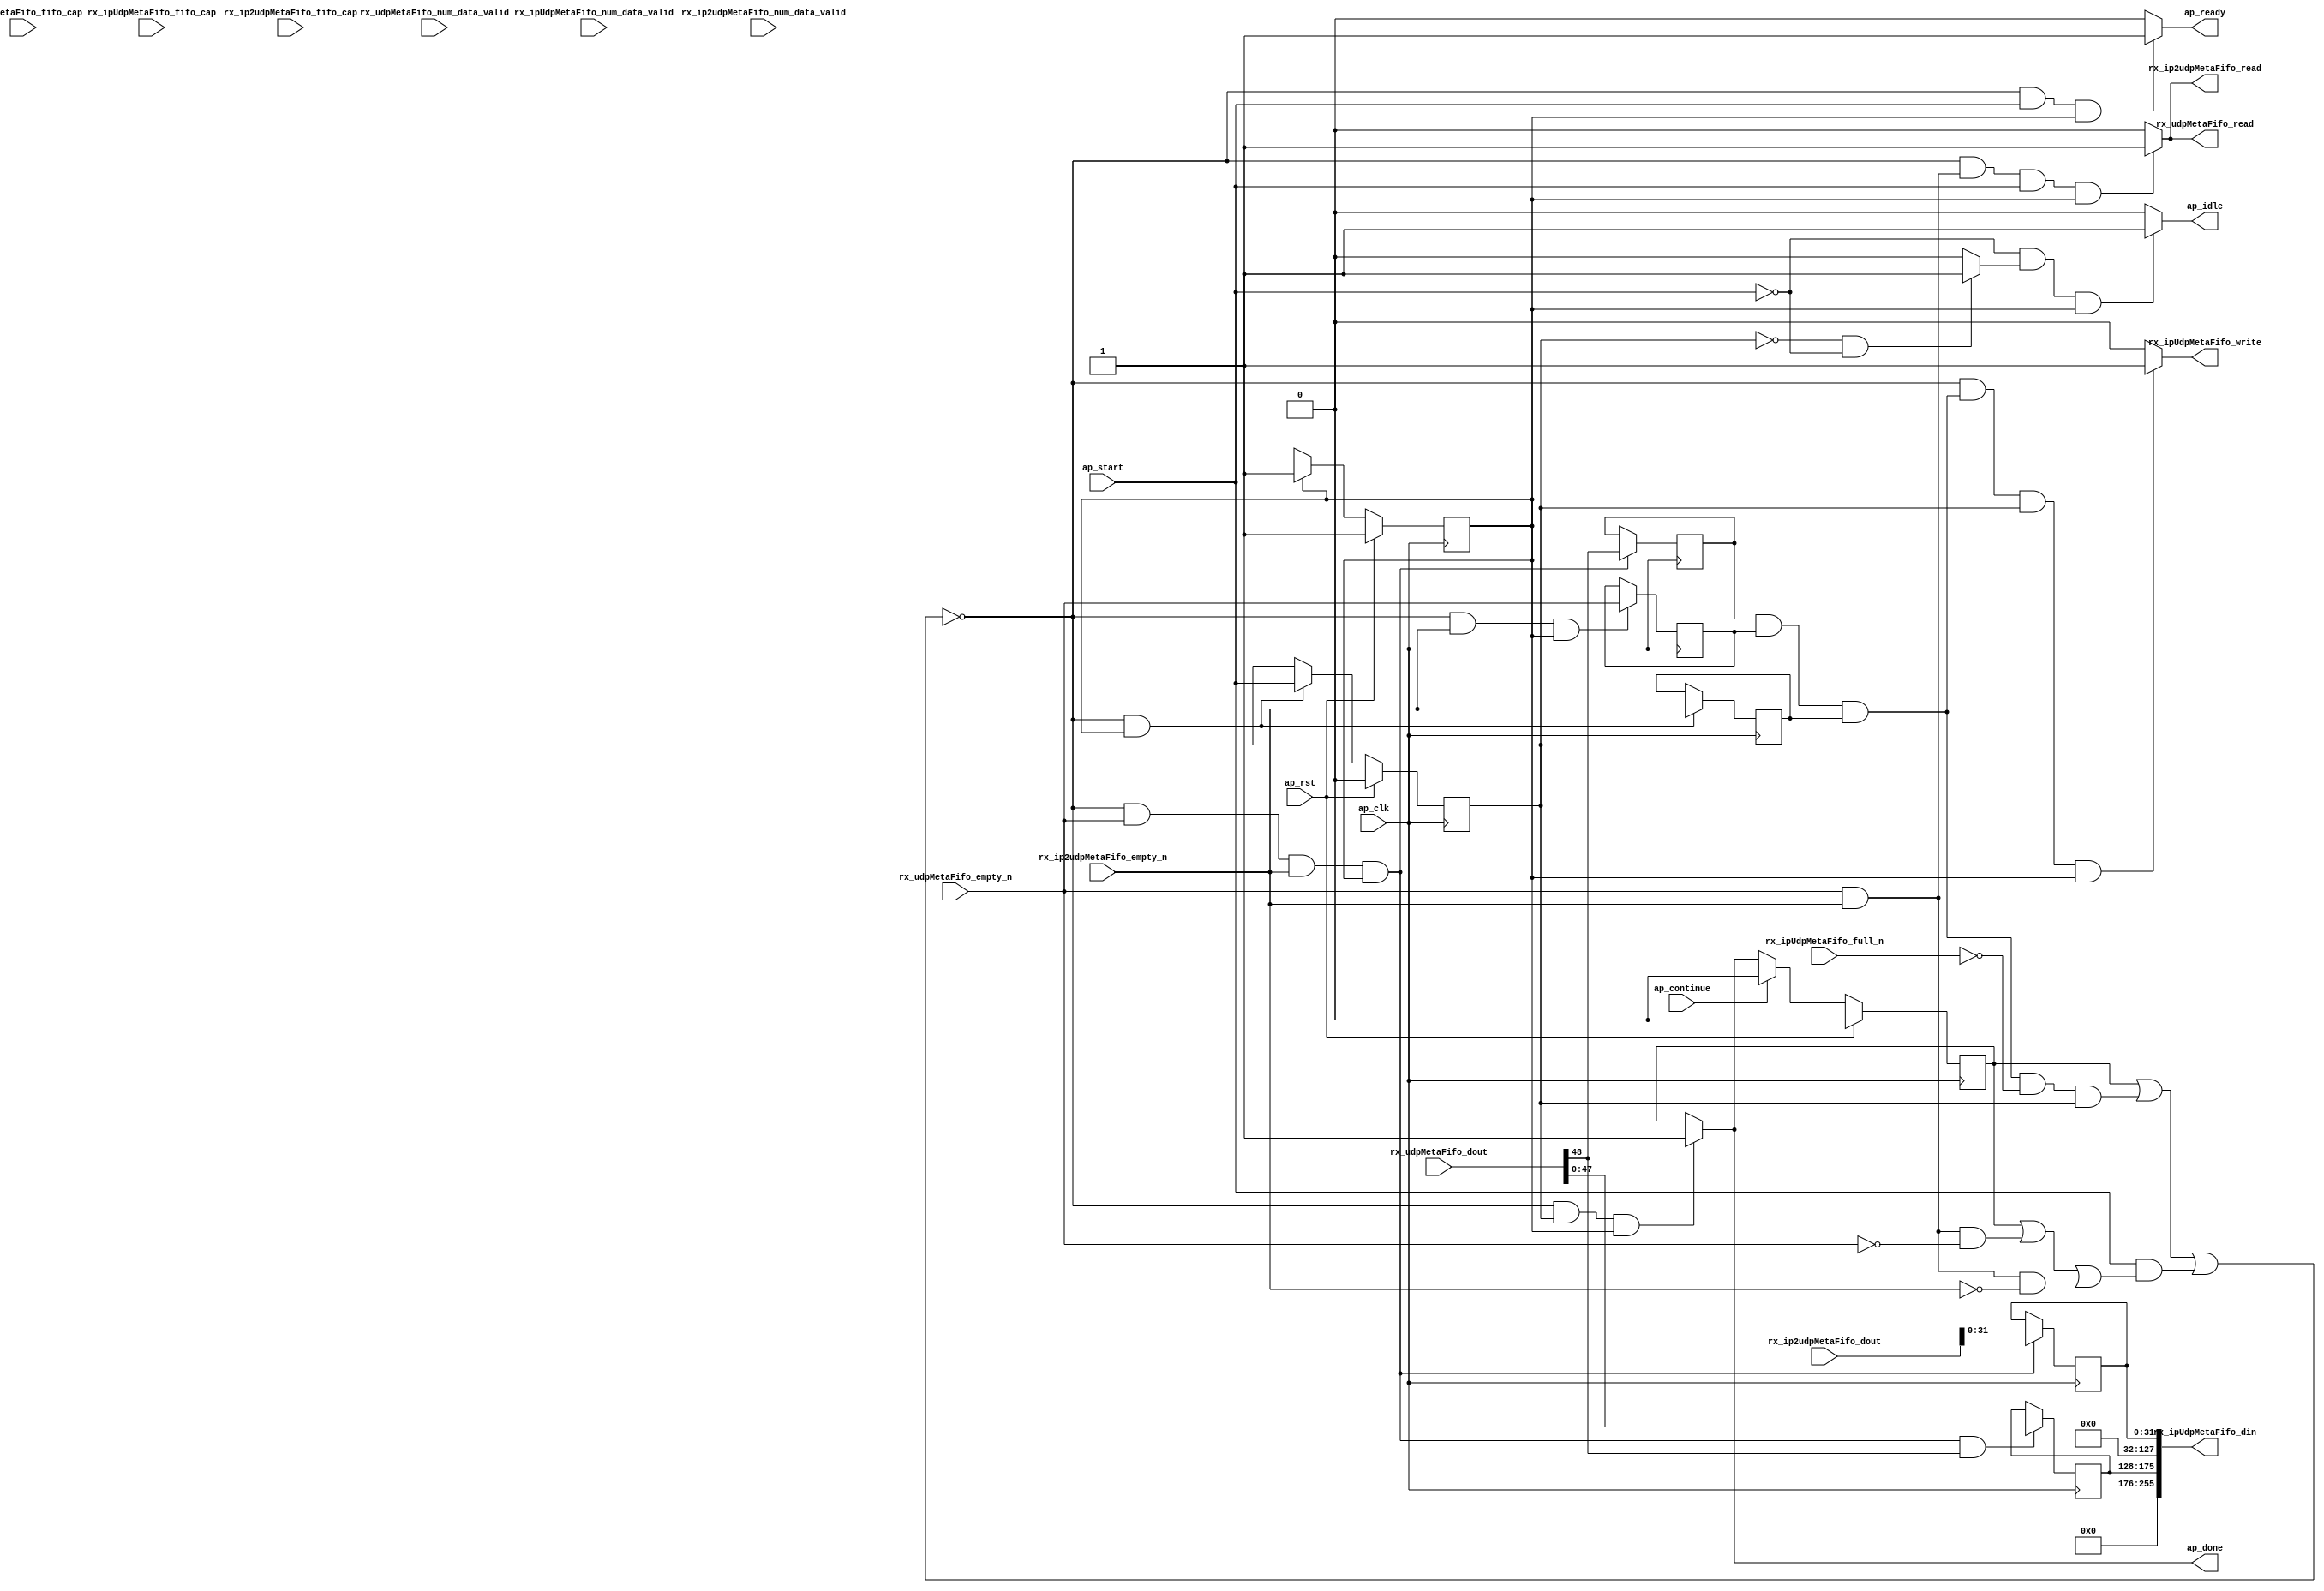
// ==============================================================
// RTL generated by Vitis HLS - High-Level Synthesis from C, C++ and OpenCL v2022.1 (64-bit)
// Version: 2022.1
// Copyright (C) Copyright 1986-2022 Xilinx, Inc. All Rights Reserved.
// 
// ===========================================================

`timescale 1 ns / 1 ps 

module rocev2_top_merge_rx_meta (
        ap_clk,
        ap_rst,
        ap_start,
        ap_done,
        ap_continue,
        ap_idle,
        ap_ready,
        rx_ip2udpMetaFifo_dout,
        rx_ip2udpMetaFifo_num_data_valid,
        rx_ip2udpMetaFifo_fifo_cap,
        rx_ip2udpMetaFifo_empty_n,
        rx_ip2udpMetaFifo_read,
        rx_udpMetaFifo_dout,
        rx_udpMetaFifo_num_data_valid,
        rx_udpMetaFifo_fifo_cap,
        rx_udpMetaFifo_empty_n,
        rx_udpMetaFifo_read,
        rx_ipUdpMetaFifo_din,
        rx_ipUdpMetaFifo_num_data_valid,
        rx_ipUdpMetaFifo_fifo_cap,
        rx_ipUdpMetaFifo_full_n,
        rx_ipUdpMetaFifo_write
);

parameter    ap_ST_fsm_pp0_stage0 = 1'd1;

input   ap_clk;
input   ap_rst;
input   ap_start;
output   ap_done;
input   ap_continue;
output   ap_idle;
output   ap_ready;
input  [63:0] rx_ip2udpMetaFifo_dout;
input  [1:0] rx_ip2udpMetaFifo_num_data_valid;
input  [1:0] rx_ip2udpMetaFifo_fifo_cap;
input   rx_ip2udpMetaFifo_empty_n;
output   rx_ip2udpMetaFifo_read;
input  [48:0] rx_udpMetaFifo_dout;
input  [1:0] rx_udpMetaFifo_num_data_valid;
input  [1:0] rx_udpMetaFifo_fifo_cap;
input   rx_udpMetaFifo_empty_n;
output   rx_udpMetaFifo_read;
output  [255:0] rx_ipUdpMetaFifo_din;
input  [3:0] rx_ipUdpMetaFifo_num_data_valid;
input  [3:0] rx_ipUdpMetaFifo_fifo_cap;
input   rx_ipUdpMetaFifo_full_n;
output   rx_ipUdpMetaFifo_write;

reg ap_done;
reg ap_idle;
reg ap_ready;
reg rx_ip2udpMetaFifo_read;
reg rx_udpMetaFifo_read;
reg rx_ipUdpMetaFifo_write;

(* fsm_encoding = "none" *) reg   [0:0] ap_CS_fsm;
wire    ap_CS_fsm_pp0_stage0;
wire    ap_enable_reg_pp0_iter0;
reg    ap_enable_reg_pp0_iter1;
reg    ap_idle_pp0;
wire   [0:0] tmp_i_nbreadreq_fu_38_p3;
wire   [0:0] tmp_i_284_nbreadreq_fu_46_p3;
reg    ap_predicate_op20_read_state1;
reg    ap_predicate_op22_read_state1;
reg    ap_done_reg;
reg    ap_block_state1_pp0_stage0_iter0;
reg   [0:0] tmp_i_reg_102;
reg   [0:0] tmp_i_284_reg_106;
reg   [0:0] meta1_valid_reg_115;
reg    ap_predicate_op29_write_state2;
reg    ap_block_state2_pp0_stage0_iter1;
reg    ap_block_pp0_stage0_subdone;
reg    rx_ip2udpMetaFifo_blk_n;
wire    ap_block_pp0_stage0;
reg    rx_udpMetaFifo_blk_n;
reg    rx_ipUdpMetaFifo_blk_n;
reg    ap_block_pp0_stage0_11001;
wire   [31:0] meta0_their_address_V_fu_73_p1;
reg   [31:0] meta0_their_address_V_reg_110;
wire   [0:0] meta1_valid_fu_77_p3;
wire   [47:0] trunc_ln174_fu_85_p1;
reg   [47:0] trunc_ln174_reg_119;
reg    ap_block_pp0_stage0_01001;
wire   [175:0] tmp_306_i_fu_89_p4;
reg   [0:0] ap_NS_fsm;
reg    ap_idle_pp0_0to0;
reg    ap_reset_idle_pp0;
wire    ap_enable_pp0;
wire    ap_ce_reg;

// power-on initialization
initial begin
#0 ap_CS_fsm = 1'd1;
#0 ap_enable_reg_pp0_iter1 = 1'b0;
#0 ap_done_reg = 1'b0;
end

always @ (posedge ap_clk) begin
    if (ap_rst == 1'b1) begin
        ap_CS_fsm <= ap_ST_fsm_pp0_stage0;
    end else begin
        ap_CS_fsm <= ap_NS_fsm;
    end
end

always @ (posedge ap_clk) begin
    if (ap_rst == 1'b1) begin
        ap_done_reg <= 1'b0;
    end else begin
        if ((ap_continue == 1'b1)) begin
            ap_done_reg <= 1'b0;
        end else if (((1'b0 == ap_block_pp0_stage0_subdone) & (ap_enable_reg_pp0_iter1 == 1'b1) & (1'b1 == ap_CS_fsm_pp0_stage0))) begin
            ap_done_reg <= 1'b1;
        end
    end
end

always @ (posedge ap_clk) begin
    if (ap_rst == 1'b1) begin
        ap_enable_reg_pp0_iter1 <= 1'b0;
    end else begin
        if (((1'b0 == ap_block_pp0_stage0_subdone) & (1'b1 == ap_CS_fsm_pp0_stage0))) begin
            ap_enable_reg_pp0_iter1 <= ap_start;
        end
    end
end

always @ (posedge ap_clk) begin
    if (((1'b0 == ap_block_pp0_stage0_11001) & (tmp_i_284_nbreadreq_fu_46_p3 == 1'd1) & (tmp_i_nbreadreq_fu_38_p3 == 1'd1) & (1'b1 == ap_CS_fsm_pp0_stage0))) begin
        meta0_their_address_V_reg_110 <= meta0_their_address_V_fu_73_p1;
        meta1_valid_reg_115 <= rx_udpMetaFifo_dout[32'd48];
    end
end

always @ (posedge ap_clk) begin
    if (((1'b0 == ap_block_pp0_stage0_11001) & (tmp_i_nbreadreq_fu_38_p3 == 1'd1) & (1'b1 == ap_CS_fsm_pp0_stage0))) begin
        tmp_i_284_reg_106 <= tmp_i_284_nbreadreq_fu_46_p3;
    end
end

always @ (posedge ap_clk) begin
    if (((1'b0 == ap_block_pp0_stage0_11001) & (1'b1 == ap_CS_fsm_pp0_stage0))) begin
        tmp_i_reg_102 <= tmp_i_nbreadreq_fu_38_p3;
    end
end

always @ (posedge ap_clk) begin
    if (((1'b0 == ap_block_pp0_stage0_11001) & (tmp_i_284_nbreadreq_fu_46_p3 == 1'd1) & (tmp_i_nbreadreq_fu_38_p3 == 1'd1) & (1'b1 == ap_CS_fsm_pp0_stage0) & (meta1_valid_fu_77_p3 == 1'd1))) begin
        trunc_ln174_reg_119 <= trunc_ln174_fu_85_p1;
    end
end

always @ (*) begin
    if (((1'b0 == ap_block_pp0_stage0_subdone) & (ap_enable_reg_pp0_iter1 == 1'b1) & (1'b1 == ap_CS_fsm_pp0_stage0))) begin
        ap_done = 1'b1;
    end else begin
        ap_done = ap_done_reg;
    end
end

always @ (*) begin
    if (((ap_start == 1'b0) & (ap_idle_pp0 == 1'b1) & (1'b1 == ap_CS_fsm_pp0_stage0))) begin
        ap_idle = 1'b1;
    end else begin
        ap_idle = 1'b0;
    end
end

always @ (*) begin
    if (((ap_enable_reg_pp0_iter1 == 1'b0) & (ap_enable_reg_pp0_iter0 == 1'b0))) begin
        ap_idle_pp0 = 1'b1;
    end else begin
        ap_idle_pp0 = 1'b0;
    end
end

always @ (*) begin
    if ((ap_enable_reg_pp0_iter0 == 1'b0)) begin
        ap_idle_pp0_0to0 = 1'b1;
    end else begin
        ap_idle_pp0_0to0 = 1'b0;
    end
end

always @ (*) begin
    if (((1'b0 == ap_block_pp0_stage0_subdone) & (ap_start == 1'b1) & (1'b1 == ap_CS_fsm_pp0_stage0))) begin
        ap_ready = 1'b1;
    end else begin
        ap_ready = 1'b0;
    end
end

always @ (*) begin
    if (((ap_start == 1'b0) & (ap_idle_pp0_0to0 == 1'b1))) begin
        ap_reset_idle_pp0 = 1'b1;
    end else begin
        ap_reset_idle_pp0 = 1'b0;
    end
end

always @ (*) begin
    if (((1'b0 == ap_block_pp0_stage0) & (ap_done_reg == 1'b0) & (ap_predicate_op20_read_state1 == 1'b1) & (ap_start == 1'b1) & (1'b1 == ap_CS_fsm_pp0_stage0))) begin
        rx_ip2udpMetaFifo_blk_n = rx_ip2udpMetaFifo_empty_n;
    end else begin
        rx_ip2udpMetaFifo_blk_n = 1'b1;
    end
end

always @ (*) begin
    if (((1'b0 == ap_block_pp0_stage0_11001) & (ap_predicate_op20_read_state1 == 1'b1) & (ap_start == 1'b1) & (1'b1 == ap_CS_fsm_pp0_stage0))) begin
        rx_ip2udpMetaFifo_read = 1'b1;
    end else begin
        rx_ip2udpMetaFifo_read = 1'b0;
    end
end

always @ (*) begin
    if (((1'b0 == ap_block_pp0_stage0) & (ap_predicate_op29_write_state2 == 1'b1) & (ap_enable_reg_pp0_iter1 == 1'b1) & (1'b1 == ap_CS_fsm_pp0_stage0))) begin
        rx_ipUdpMetaFifo_blk_n = rx_ipUdpMetaFifo_full_n;
    end else begin
        rx_ipUdpMetaFifo_blk_n = 1'b1;
    end
end

always @ (*) begin
    if (((1'b0 == ap_block_pp0_stage0_11001) & (ap_predicate_op29_write_state2 == 1'b1) & (ap_enable_reg_pp0_iter1 == 1'b1) & (1'b1 == ap_CS_fsm_pp0_stage0))) begin
        rx_ipUdpMetaFifo_write = 1'b1;
    end else begin
        rx_ipUdpMetaFifo_write = 1'b0;
    end
end

always @ (*) begin
    if (((1'b0 == ap_block_pp0_stage0) & (ap_done_reg == 1'b0) & (ap_predicate_op22_read_state1 == 1'b1) & (ap_start == 1'b1) & (1'b1 == ap_CS_fsm_pp0_stage0))) begin
        rx_udpMetaFifo_blk_n = rx_udpMetaFifo_empty_n;
    end else begin
        rx_udpMetaFifo_blk_n = 1'b1;
    end
end

always @ (*) begin
    if (((1'b0 == ap_block_pp0_stage0_11001) & (ap_predicate_op22_read_state1 == 1'b1) & (ap_start == 1'b1) & (1'b1 == ap_CS_fsm_pp0_stage0))) begin
        rx_udpMetaFifo_read = 1'b1;
    end else begin
        rx_udpMetaFifo_read = 1'b0;
    end
end

always @ (*) begin
    case (ap_CS_fsm)
        ap_ST_fsm_pp0_stage0 : begin
            ap_NS_fsm = ap_ST_fsm_pp0_stage0;
        end
        default : begin
            ap_NS_fsm = 'bx;
        end
    endcase
end

assign ap_CS_fsm_pp0_stage0 = ap_CS_fsm[32'd0];

assign ap_block_pp0_stage0 = ~(1'b1 == 1'b1);

always @ (*) begin
    ap_block_pp0_stage0_01001 = ((ap_done_reg == 1'b1) | ((ap_predicate_op29_write_state2 == 1'b1) & (rx_ipUdpMetaFifo_full_n == 1'b0) & (ap_enable_reg_pp0_iter1 == 1'b1)) | ((ap_start == 1'b1) & ((ap_done_reg == 1'b1) | ((ap_predicate_op22_read_state1 == 1'b1) & (rx_udpMetaFifo_empty_n == 1'b0)) | ((ap_predicate_op20_read_state1 == 1'b1) & (rx_ip2udpMetaFifo_empty_n == 1'b0)))));
end

always @ (*) begin
    ap_block_pp0_stage0_11001 = ((ap_done_reg == 1'b1) | ((ap_predicate_op29_write_state2 == 1'b1) & (rx_ipUdpMetaFifo_full_n == 1'b0) & (ap_enable_reg_pp0_iter1 == 1'b1)) | ((ap_start == 1'b1) & ((ap_done_reg == 1'b1) | ((ap_predicate_op22_read_state1 == 1'b1) & (rx_udpMetaFifo_empty_n == 1'b0)) | ((ap_predicate_op20_read_state1 == 1'b1) & (rx_ip2udpMetaFifo_empty_n == 1'b0)))));
end

always @ (*) begin
    ap_block_pp0_stage0_subdone = ((ap_done_reg == 1'b1) | ((ap_predicate_op29_write_state2 == 1'b1) & (rx_ipUdpMetaFifo_full_n == 1'b0) & (ap_enable_reg_pp0_iter1 == 1'b1)) | ((ap_start == 1'b1) & ((ap_done_reg == 1'b1) | ((ap_predicate_op22_read_state1 == 1'b1) & (rx_udpMetaFifo_empty_n == 1'b0)) | ((ap_predicate_op20_read_state1 == 1'b1) & (rx_ip2udpMetaFifo_empty_n == 1'b0)))));
end

always @ (*) begin
    ap_block_state1_pp0_stage0_iter0 = ((ap_done_reg == 1'b1) | ((ap_predicate_op22_read_state1 == 1'b1) & (rx_udpMetaFifo_empty_n == 1'b0)) | ((ap_predicate_op20_read_state1 == 1'b1) & (rx_ip2udpMetaFifo_empty_n == 1'b0)));
end

always @ (*) begin
    ap_block_state2_pp0_stage0_iter1 = ((ap_predicate_op29_write_state2 == 1'b1) & (rx_ipUdpMetaFifo_full_n == 1'b0));
end

assign ap_enable_pp0 = (ap_idle_pp0 ^ 1'b1);

assign ap_enable_reg_pp0_iter0 = ap_start;

always @ (*) begin
    ap_predicate_op20_read_state1 = ((tmp_i_284_nbreadreq_fu_46_p3 == 1'd1) & (tmp_i_nbreadreq_fu_38_p3 == 1'd1));
end

always @ (*) begin
    ap_predicate_op22_read_state1 = ((tmp_i_284_nbreadreq_fu_46_p3 == 1'd1) & (tmp_i_nbreadreq_fu_38_p3 == 1'd1));
end

always @ (*) begin
    ap_predicate_op29_write_state2 = ((meta1_valid_reg_115 == 1'd1) & (tmp_i_284_reg_106 == 1'd1) & (tmp_i_reg_102 == 1'd1));
end

assign meta0_their_address_V_fu_73_p1 = rx_ip2udpMetaFifo_dout[31:0];

assign meta1_valid_fu_77_p3 = rx_udpMetaFifo_dout[32'd48];

assign rx_ipUdpMetaFifo_din = tmp_306_i_fu_89_p4;

assign tmp_306_i_fu_89_p4 = {{{trunc_ln174_reg_119}, {96'd0}}, {meta0_their_address_V_reg_110}};

assign tmp_i_284_nbreadreq_fu_46_p3 = rx_udpMetaFifo_empty_n;

assign tmp_i_nbreadreq_fu_38_p3 = rx_ip2udpMetaFifo_empty_n;

assign trunc_ln174_fu_85_p1 = rx_udpMetaFifo_dout[47:0];

endmodule //rocev2_top_merge_rx_meta